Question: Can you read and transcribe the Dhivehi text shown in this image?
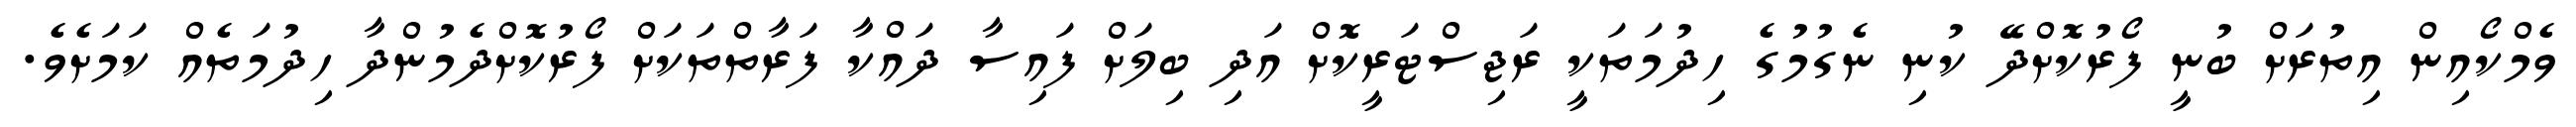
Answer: ވެމްކޯއިން އިތުރަށް ބުނީ ފޯރުކޮށްދޭ ކުނި ނެގުމުގެ ހިދުމަތަކީ ރަޖިސްޓަރީކޮށް އަދި ބިލަށް ފައިސާ ދައްކާ ފަރާތްތަކަށް ފޯރުކޮށްދެމުންދާ ހިދުމަތެއް ކަމަށެވެ.